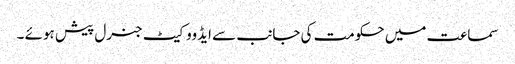
سماعت میں حکومت کی جانب سے ایڈووکیٹ جنرل پیش ہوئے ۔